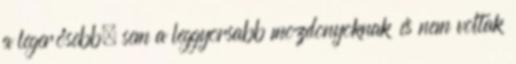
a legerősebb, sem a leggyorsabb mozdonyoknak és nem voltak